Annual report of the Punjab Veterinary College and of the Civil Veterinary Department, Punjab - 1894-1908
Year: 1894
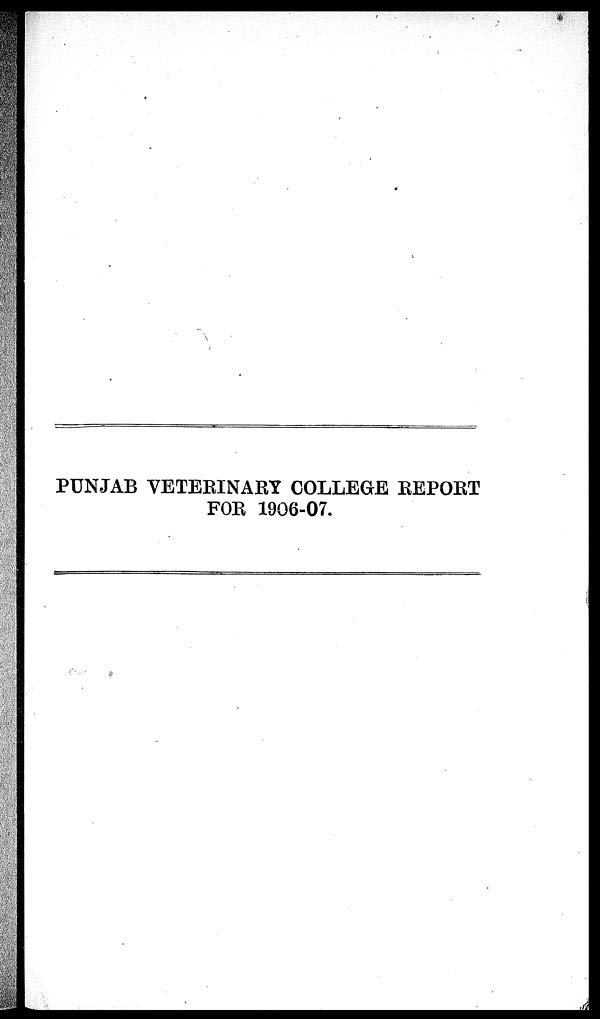
PUNJAB VETERINARY COLLEGE REPORT
FOR 1906-07.